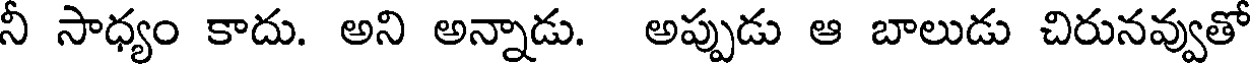
నీ సాధ్యం కాదు. అని అన్నాడు. అప్పుడు ఆ బాలుడు చిరునవ్వుతో